system: You are a helpful assistant.
user:
Analyze the provided spectrum to determine if it is a **Carbon Star (C-type)**.

- **Key Visual Indicators of Carbon Star:**
    - **(Primary):** Strong molecular absorption from **C₂ (diatomic carbon) "Swan Bands."** This is the **defining feature** of a carbon star.
        - **(Key Bandheads):** Sharp absorption edges are visible at approximately $5635$ Å, $5165$ Å (the strongest band), and $4737$ Å.
        - **(Line Profile):** Creates a distinct **"saw-tooth"** pattern. The key morphology is a sharp, steep bandhead on the **red (long-wavelength) side**, which then gradually tapers off (i.e., flux recovers) towards the **blue (short-wavelength) side**. *(This is the direct opposite of the TiO bands seen in M-type stars)*.

    - **(Secondary):** Intense **CN (cyanogen)** molecular absorption bands.
        - **(Key Bandheads):** Located in the blue and violet regions of the spectrum (e.g., near $4215$ Å and $3883$ Å).
        - **(Morphology):** These bands are extremely broad and act as a "blanket," absorbing the vast majority of blue and violet light. This creates a characteristic **"cliff"** or **"steep drop-off"** in the spectrum's flux at short wavelengths.

    - **(Key Confirmation):** Strong **CH absorption band (G-band)**.
        - **(Key Bandhead):** Located around $4300$ Å. The contribution from CH molecules to this band is exceptionally strong.

    - **(Overall Spectrum):**
        - The continuum is severely "chopped up" by these deep molecular bands, especially C₂, rather than appearing as a smooth curve.
        - Due to the heavy CN and C₂ absorption in the blue-green, the vast majority of the star's flux is concentrated in the red part of the spectrum, giving the star its characteristic deep red color.

Think first, call **spectral_visualization_tool** if needed to examine features in detail, then provide your final answer. Your response must adhere to the following strict rules:
1.  **Overall Structure:** Your response must follow the format `<think>...</think> <tool_call>...</tool_call> (if a tool is used) <answer>...</answer>`.
2.  **Tool Usage Constraint:** You may only make **one** tool call per turn.
3.  **Final Answer Format:** In the `<answer>` tag, your conclusion must be inside a `\boxed{}` command (e.g., `\boxed{YES}`), followed by your justification.

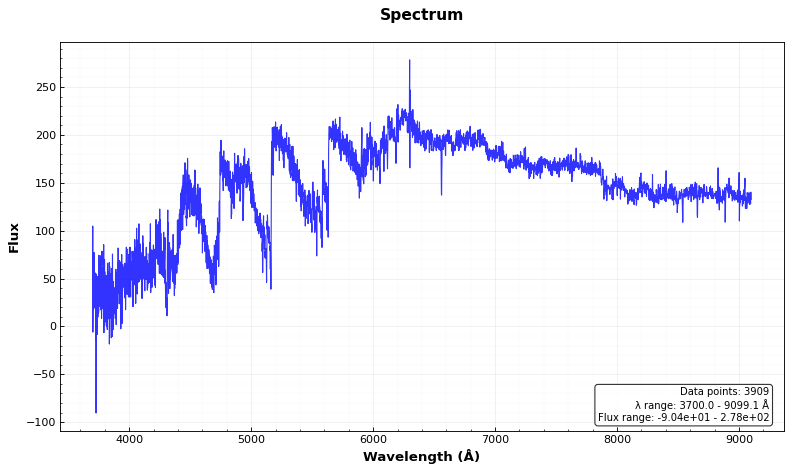
Answer: YES